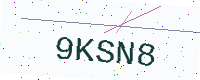
Text: 9KSN8